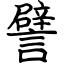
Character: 譬